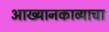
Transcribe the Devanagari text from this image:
आख्यानकाव्याचा